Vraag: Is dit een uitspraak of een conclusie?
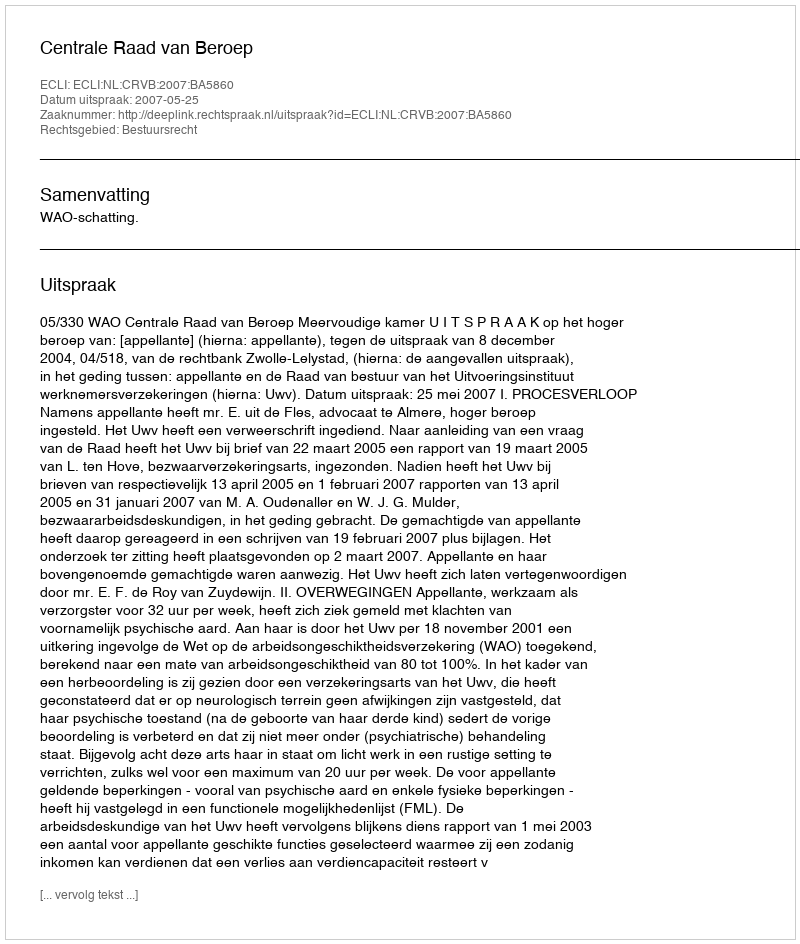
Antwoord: Uitspraak